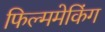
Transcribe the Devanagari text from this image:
फिल्ममेकिंग